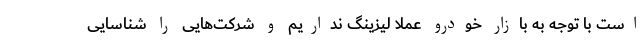
است با توجه به بازار خودرو عملا لیزینگ نداریم و شرکت‌هایی را شناسایی